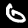
Digit: 6